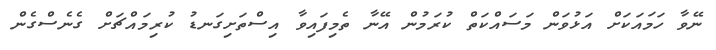
ނޭވާ ހަމައަކަށް އަޅުވަން މަސައްކަތް ކުރަމުން އޭނާ ތެމިފައިވާ އިސްތަށިގަނޑު ކުރިމައްޗަށް ގެނެސްގެން